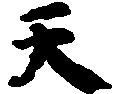
天